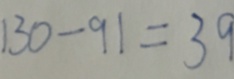
1 3 0 - 9 1 = 3 9